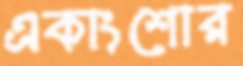
একাংশোর